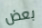
بعض